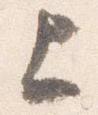
上